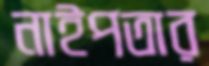
নাইপতার